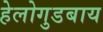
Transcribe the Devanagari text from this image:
हेलोगुडबाय